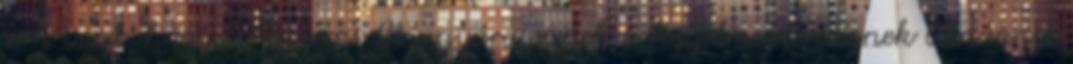
sem veszi, hogy beléptem. Bizonyára ennek a figyelmetlenségnek bántania